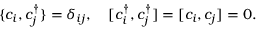
\{ c _ { i } , c _ { j } ^ { \dagger } \} = \delta _ { i j } , \quad [ c _ { i } ^ { \dagger } , c _ { j } ^ { \dagger } ] = [ c _ { i } , c _ { j } ] = 0 .